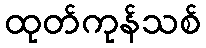
ထုတ်ကုန်သစ်